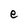
Character: e